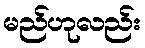
မည်ဟုလည်း